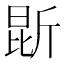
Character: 𭯐